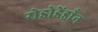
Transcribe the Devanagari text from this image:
रोडोडेंड्राँन